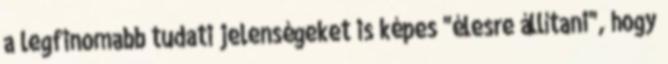
a legfinomabb tudati jelenségeket is képes "élesre állítani", hogy